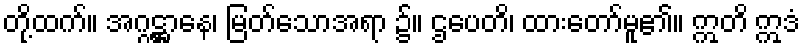
တို့ထက်။ အဂ္ဂဋ္ဌာနေ၊ မြတ်သောအရာ ၌။ ဌပေတိ၊ ထားတော်မူ၏။ ဣတိ ဣဒံ